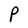
Character: P